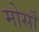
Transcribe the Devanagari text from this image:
मोसाँ